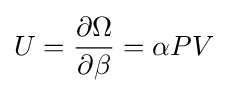
U={\frac {\partial \Omega }{\partial \beta }}=\alpha PV